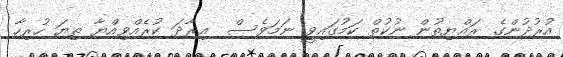
އުރުދުންގެ ރައްޔިތުން ނުކުތް ކަމުގައިވީ ނަމަވެސް  އިރާދަ ކުރެއްވިއްޔާ ތިޔަ ހުރިހާ